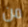
من